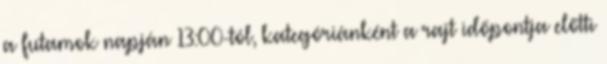
a futamok napján 13:00-tól, kategóriánként a rajt időpontja előtti